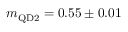
m _ { \mathrm { Q D 2 } } = 0 . 5 5 \pm 0 . 0 1